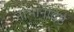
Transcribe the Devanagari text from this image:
नाभानेदिष्ठ